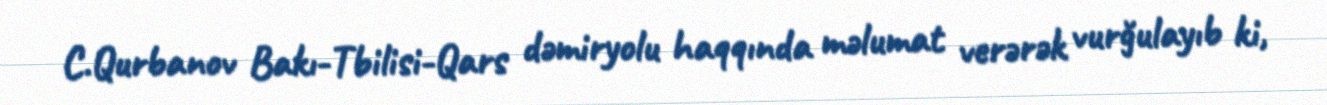
C.Qurbanov Bakı-Tbilisi-Qars dəmiryolu haqqında məlumat verərək vurğulayıb ki,